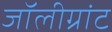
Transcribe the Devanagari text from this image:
जॉलीग्रांट